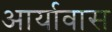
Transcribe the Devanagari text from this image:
आर्यावास